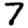
Digit: 7